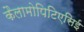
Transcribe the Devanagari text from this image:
कैलामोपिटिएसिई